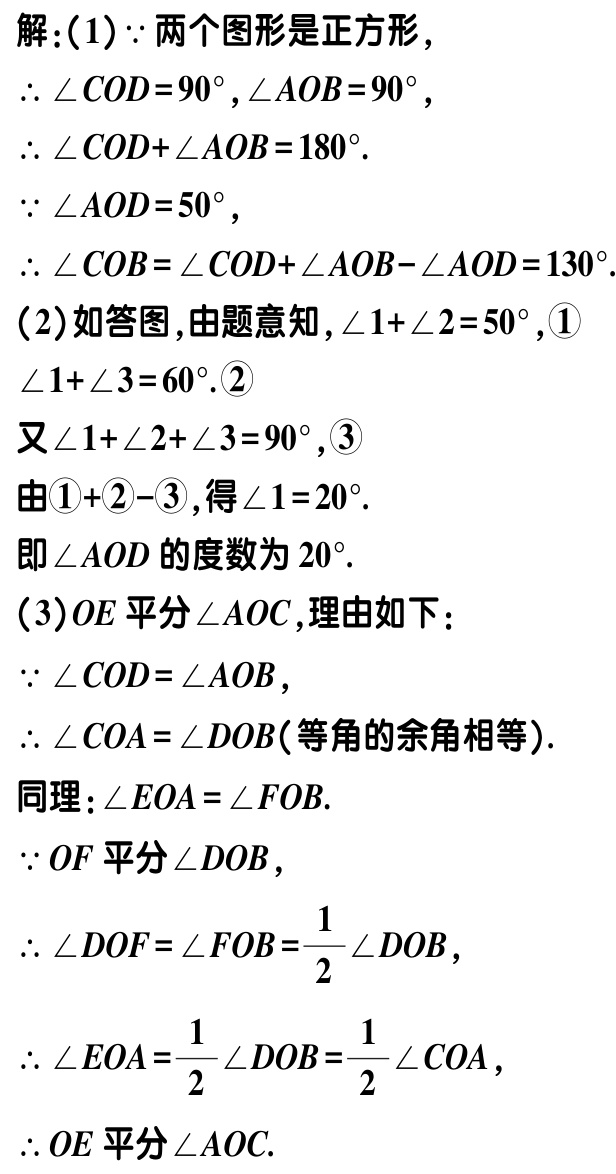
解：(1)$\because$ 两个图形是正方形，

$\therefore \angle COD = 90^{\circ},\angle AOB = 90^{\circ}$，

$\therefore \angle COD+\angle AOB = 180^{\circ}$.

$\because \angle AOD = 50^{\circ}$，

$\therefore \angle COB=\angle COD+\angle AOB - \angle AOD = 130^{\circ}$.

(2)如答图，由题意知，$\angle 1+\angle 2 = 50^{\circ}$，\textcircled{1}

$\angle 1+\angle 3 = 60^{\circ}$.\textcircled{2}

又$\angle 1+\angle 2+\angle 3 = 90^{\circ}$，\textcircled{3}

由\textcircled{1}+\textcircled{2}-\textcircled{3}，得$\angle 1 = 20^{\circ}$.

即$\angle AOD$的度数为$20^{\circ}$.

(3)$OE$平分$\angle AOC$，理由如下：

$\because \angle COD=\angle AOB$，

$\therefore \angle COA=\angle DOB$(等角的余角相等).

同理：$\angle EOA=\angle FOB$.

$\because OF$平分$\angle DOB$，

$\therefore \angle DOF=\angle FOB=\frac{1}{2}\angle DOB$，

$\therefore \angle EOA=\frac{1}{2}\angle DOB=\frac{1}{2}\angle COA$，

$\therefore OE$平分$\angle AOC$.